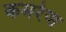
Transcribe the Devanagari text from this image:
कमरेज